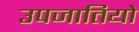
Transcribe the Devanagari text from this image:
उपजातियो